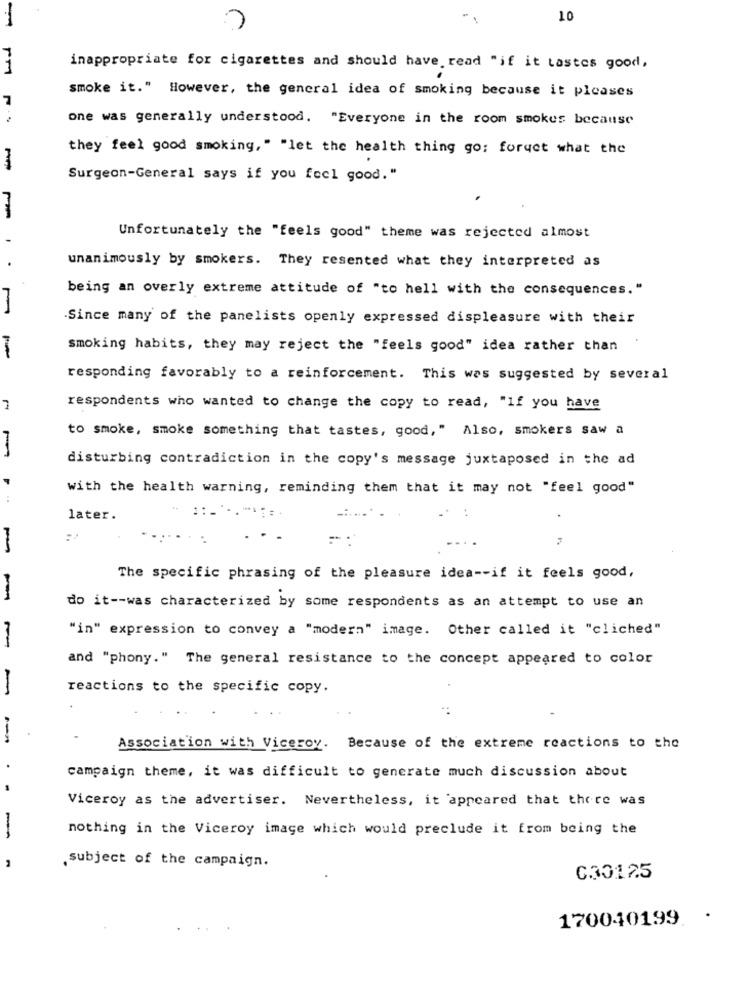
-
..
10
1
inappropriate for cigarettes and should have read "if it tastes good,
smoke it." However, the general idea of smoking because it pleases
7
one was generally understood. "Everyone in the room smokes because
they feel good smoking," "let the health thing go; forget what the
Surgeon-General says if you feel good."
Unfortunately the "feels good" theme was rejected almost
.
unanimously by smokers. They resented what they interpreted as
being an overly extreme attitude of "to hell with the consequences."
Since many of the panelists openly expressed displeasure with their
smoking habits, they may reject the "feels good" idea rather than
responding favorably to a reinforcement. This was suggested by several
respondents who wanted to change the copy to read, "If you have
to smoke, smoke something that tastes, good," Also, smokers saw a
disturbing contradiction in the copy's message juxtaposed in the ad
with the health warning, reminding them that it may not "feel good"
::
..
later.
The specific phrasing of the pleasure idea -- if it feels good,
do it -- was characterized by some respondents as an attempt to use an
"in" expression to convey a "modern" image. Other called it "cliched"
and "phony." The general resistance to the concept appeared to color
reactions to the specific copy.
Association with Viceroy. Because of the extreme reactions to the
.
campaign theme, it was difficult to generate much discussion about
Viceroy as the advertiser. Nevertheless, it appeared that there was
-
nothing in the Viceroy image which would preclude it from being the
subject of the campaign.
030125
170040199